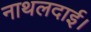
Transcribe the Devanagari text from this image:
नाथलदाई।